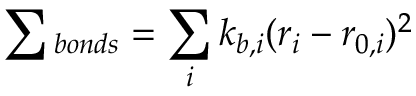
\sum { _ { b o n d s } } = \sum _ { i } k _ { b , i } ( r _ { i } - r _ { 0 , i } ) ^ { 2 }